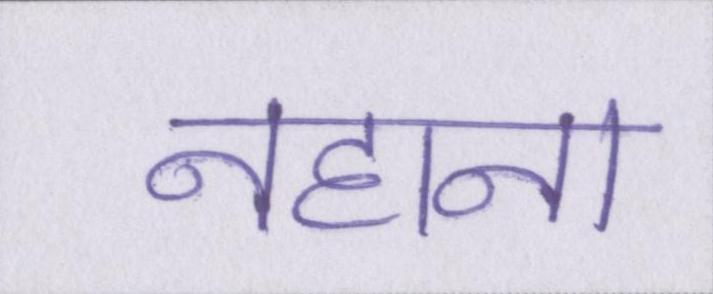
नहाना